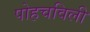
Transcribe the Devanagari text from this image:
पोहचविली